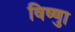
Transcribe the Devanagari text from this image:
विष्णुा